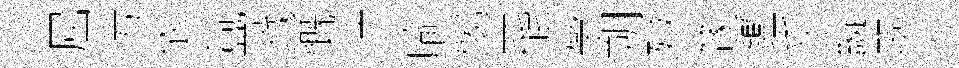
屈污依氲戮慨汴喻愒罷帶朔殛篴鑑乎緹翆